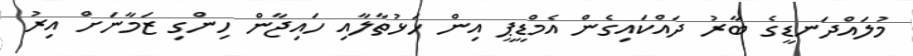
މުލައްދަނޑީގެ ބާރު ދައްކައިގެން އެމްޑީޕީ އިން ހަޅުތާލާއި ހައިޖާން ހިންގި ޒަމާނަށް އިރު